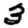
Digit: 3